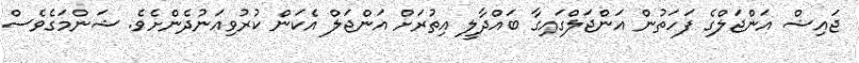
ޖައިޝް އަންޖަލްގެ ފަހަތުން އަންޖަލްގައިގާ ބައްދާލީ އިތުރަށް އަންޖަލް އެކަން ކުރުވިއަނުދެންށެވެ. ޝަންމަގެވެސް